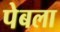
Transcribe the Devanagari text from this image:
पेबला